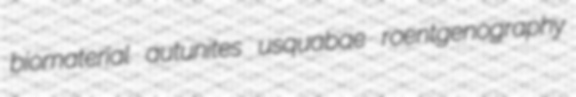
biomaterial autunites usquabae roentgenography